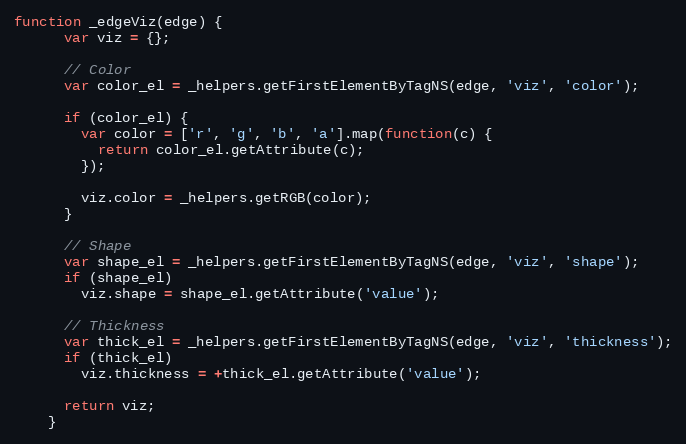
Language: JavaScript
function _edgeViz(edge) {
      var viz = {};

      // Color
      var color_el = _helpers.getFirstElementByTagNS(edge, 'viz', 'color');

      if (color_el) {
        var color = ['r', 'g', 'b', 'a'].map(function(c) {
          return color_el.getAttribute(c);
        });

        viz.color = _helpers.getRGB(color);
      }

      // Shape
      var shape_el = _helpers.getFirstElementByTagNS(edge, 'viz', 'shape');
      if (shape_el)
        viz.shape = shape_el.getAttribute('value');

      // Thickness
      var thick_el = _helpers.getFirstElementByTagNS(edge, 'viz', 'thickness');
      if (thick_el)
        viz.thickness = +thick_el.getAttribute('value');

      return viz;
    }